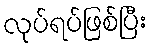
လုပ်ရပ်ဖြစ်ပြီး